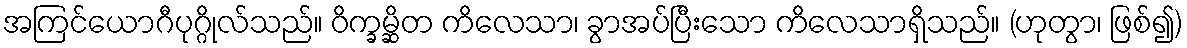
အကြင်ယောဂီပုဂ္ဂိုလ်သည်။ ဝိက္ခမ္ဆိတ ကိလေသာ၊ ခွာအပ်ပြီးသော ကိလေသာရှိသည်။ (ဟုတွာ၊ ဖြစ်၍)